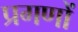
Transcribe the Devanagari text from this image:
प्रगणों